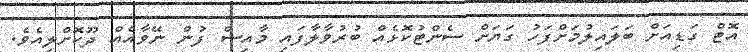
އޮޓް ގަޑިއަށް ބަލައިލުމަށްފަހު ގަޔަށް ސެންޓުކޮޅެއް ބުރުވާލާފައި މާއިޝް ފުން ނޭވާއެއް ދޫކޮށްލިއެވެ.